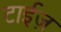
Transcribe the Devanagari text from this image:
टाईज़